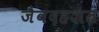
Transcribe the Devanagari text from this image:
जैवदहशत